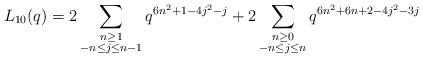
LaTeX: \begin{align*} L_{10}(q) = 2\sum_{\substack{n \geq 1 \\ -n \leq j \leq n-1}} q^{6n^2 + 1- 4j^2 -j} + 2\sum_{\substack{n \geq 0 \\ -n \leq j \leq n}} q^{6n^2 + 6n + 2- 4j^2 -3 j}\end{align*}